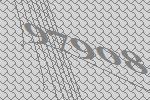
97908